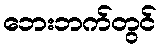
ဘေးဘက်တွင်